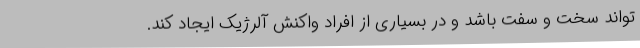
تواند سخت و سفت باشد و در بسیاری از افراد واکنش آلرژیک ایجاد کند.